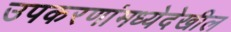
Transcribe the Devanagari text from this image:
उपकरणांमध्येदेखील